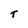
Character: T